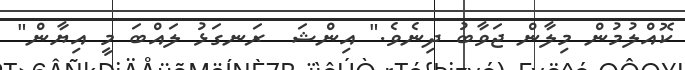
ކޮއްލުމުން މިލާން ޖަވާބު ދިނެވެ." އިންޝަ  ރަނގަޅު ލައްބަ މީ އިޔާން"